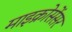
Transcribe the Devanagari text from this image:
माइक्रोसेंसर